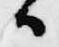
候